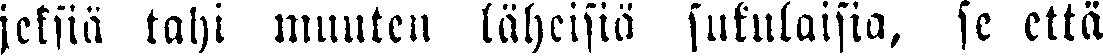
jeksiä tahi muuten läheisiä sukulaisia, se että